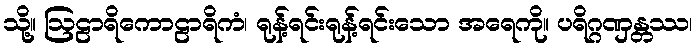
သို့။ ဩဠာရိကောဠာရိကံ၊ ရုန့်ရင်းရုန့်ရင်းသော အရေကို။ ပရိဂ္ဂဏှန္တဿ၊